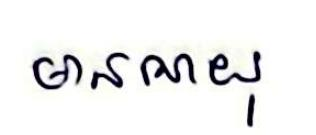
មានអាយុ